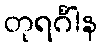
တုရင်္ဂါန